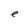
Character: e